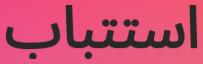
استتباب